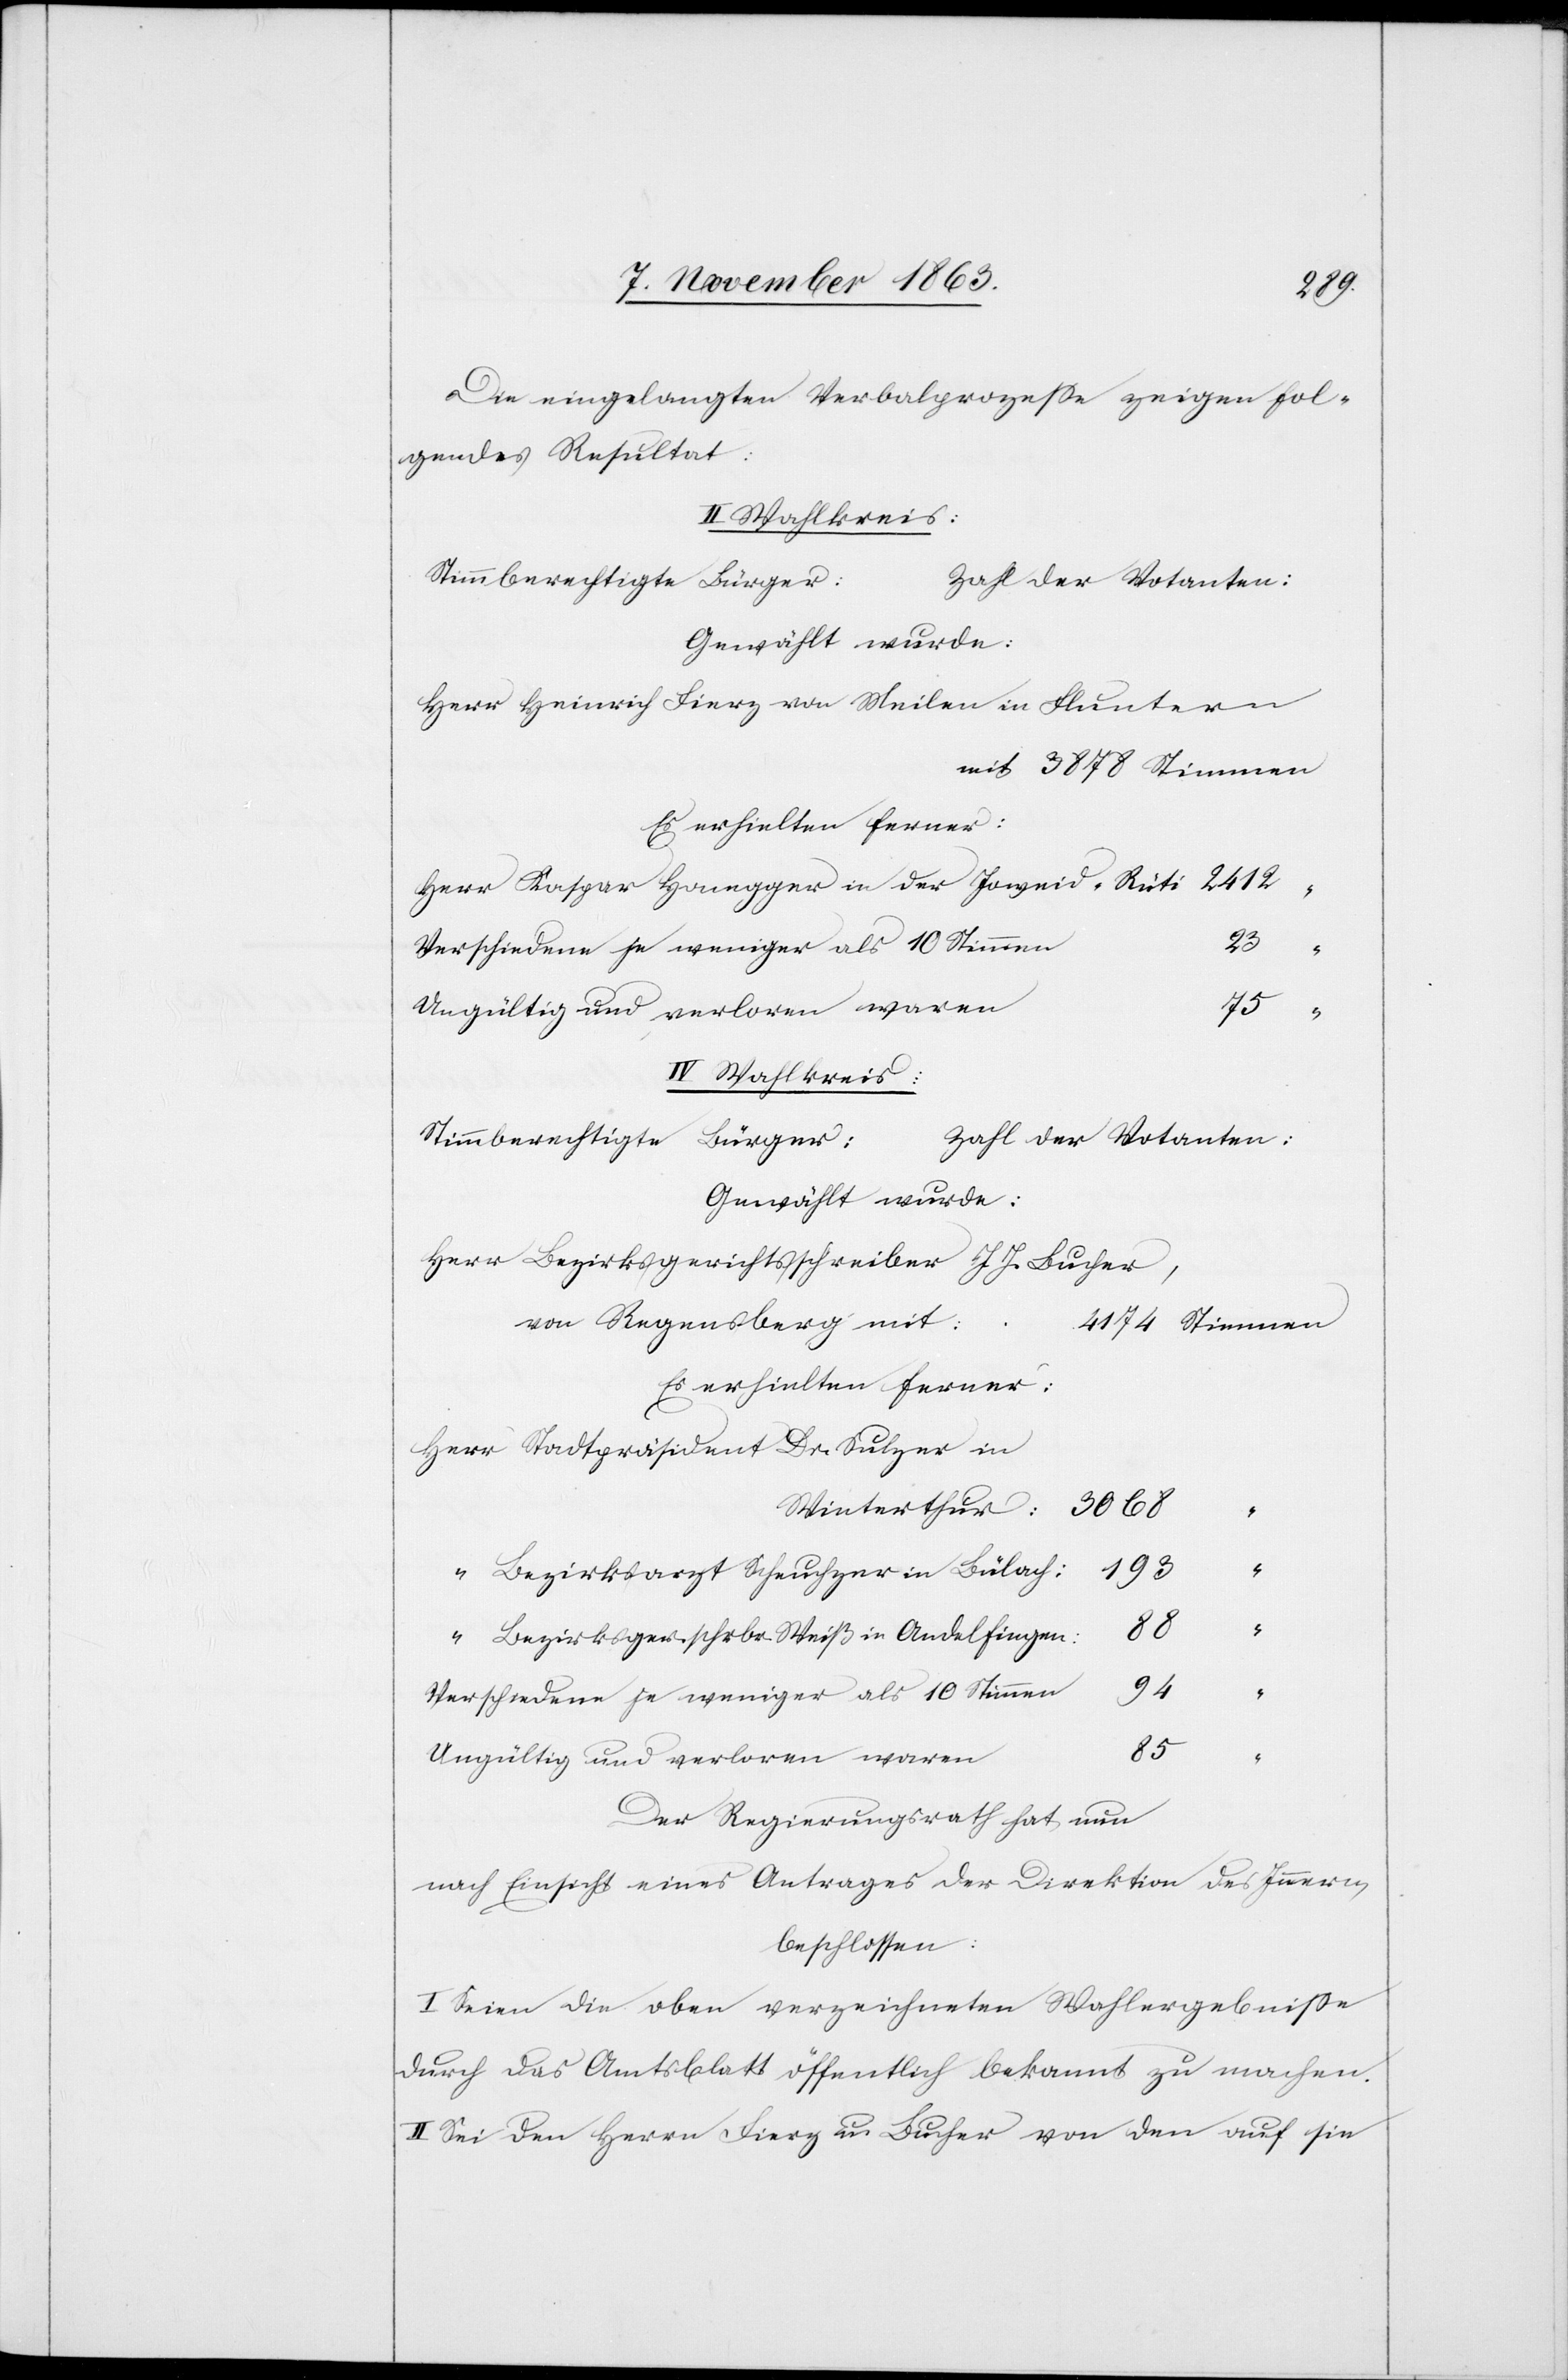
Die eingelangten Verbalprozesse zeigen fol¬
gendes Resultat:
IV Wahlkreis:
Stimmberechtigte Bürge¬
r:	Zahl der Votanten:
Gewählt wurde:
Herr Heinrich Fierz von Meilen in Fluntern
mit 	3878 Stimmen
Es erhielten ferner:
Herr Kaspar Honegger in der Joweid-Rüti	2412	“
Verschiedene je weniger als 10 Stimmen
Ungültig und verloren waren
Herr Bezirksgerichtsschreiber J. J. Bucher,
von Regensberg mi¬
t:	4174 Stimmen
Es erhielten ferner:
Herr Stadtpräsident Dr. Sulzer in
Bezirksarzt Scheuchzer in Bülach:
Bezirksger. schrbr. Weiß in Andelfingen:
Der Regierungsrath hat nun
nach Einsicht eines Antrages der Direktion des Innern,
beschlossen:
I. Seien die oben verzeichneten Wahlergebnisse
durch das Amtsblatt öffentlich bekannt zu machen.
II. Sei den Herrn Fierz u. Bucher von den auf sie